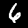
Label: 6